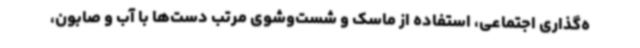
ه‌گذاری اجتماعی، استفاده از ماسک و شست‌وشوی مرتب دست‌ها با آب و صابون،